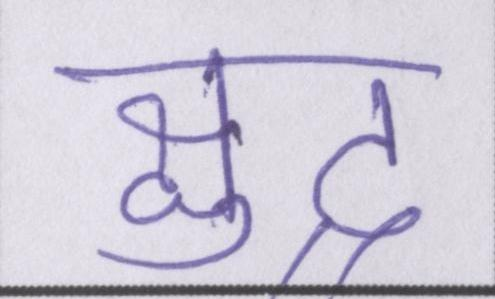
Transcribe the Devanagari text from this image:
क्षुद्र